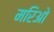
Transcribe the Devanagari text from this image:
मरिओ